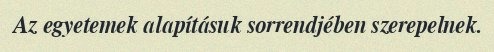
Az egyetemek alapításuk sorrendjében szerepelnek.